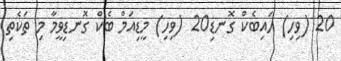
20 (ވިހި) ހައިބެކް ގޮނޑި20 (ވިހި) މީޑިއަމް ބެކް ގޮނޑިވީމާ މި ތަކެތި